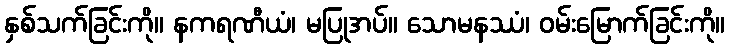
နှစ်သက်ခြင်းကို။ နကရဏီယံ၊ မပြုအပ်။ သောမနဿံ၊ ဝမ်းမြောက်ခြင်းကို။